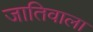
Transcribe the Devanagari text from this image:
जातिवाला